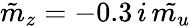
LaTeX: \tilde{m}_{z}=-0.3\, i\, \tilde{m_{u}}